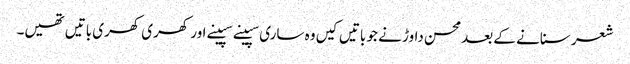
شعر سنانے کے بعد محسن داوڑ نے جو باتیں کیں وہ ساری سپینے سپینے اور کھری کھری باتیں تھیں۔